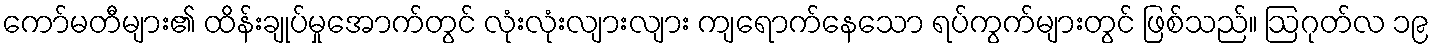
ကော်မတီများ၏ ထိန်းချုပ်မှုအောက်တွင် လုံးလုံးလျားလျား ကျရောက်နေသော ရပ်ကွက်များတွင် ဖြစ်သည်။ ဩဂုတ်လ ၁၉